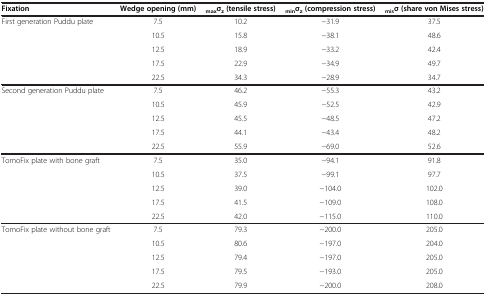
| Fixation | Wedge opening (mm) | maxσz (tensile stress) | minσz (compression stress) | misσ (share von Mises stress) |
 | --- | --- | --- | --- | --- |
 | <ROWSPAN=4> First generation Puddu plate | 7.5 | 10.2 | −31.9 | 37.5 |
 | 10.5 | 15.8 | −38.1 | 48.6 |
 | 12.5 | 18.9 | −33.2 | 42.4 |
 | 17.5 | 22.9 | −34.9 | 49.7 |
 |  | 22.5 | 34.3 | −28.9 | 34.7 |
 | <ROWSPAN=4> Second generation Puddu plate | 7.5 | 46.2 | −55.3 | 43.2 |
 | 10.5 | 45.9 | −52.5 | 42.9 |
 | 12.5 | 45.5 | −48.5 | 47.2 |
 | 17.5 | 44.1 | −43.4 | 48.2 |
 |  | 22.5 | 55.9 | −69.0 | 52.6 |
 | <ROWSPAN=4> TomoFix plate with bone graft | 7.5 | 35.0 | −94.1 | 91.8 |
 | 10.5 | 37.5 | −99.1 | 97.7 |
 | 12.5 | 39.0 | −104.0 | 102.0 |
 | 17.5 | 41.5 | −109.0 | 108.0 |
 |  | 22.5 | 42.0 | −115.0 | 110.0 |
 | <ROWSPAN=4> TomoFix plate without bone graft | 7.5 | 79.3 | −200.0 | 205.0 |
 | 10.5 | 80.6 | −197.0 | 204.0 |
 | 12.5 | 79.4 | −197.0 | 205.0 |
 | 17.5 | 79.5 | −193.0 | 205.0 |
 |  | 22.5 | 79.9 | −200.0 | 208.0 |